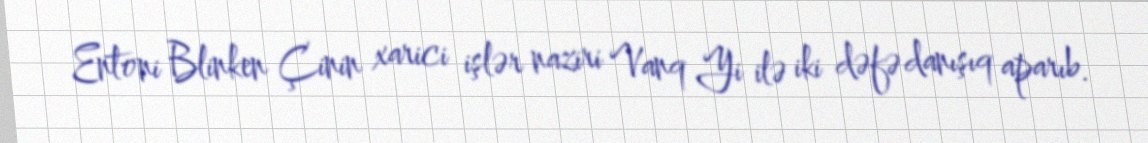
Entoni Blinken Çinin xarici işlər naziri Vanq Yi ilə iki dəfə danışıq aparıb.